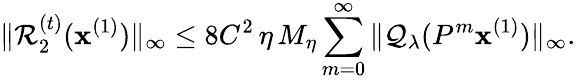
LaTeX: \| \mathcal{R}_{2}^{(t)}(\mathbf{x}^{(1)})\| _{\infty}\leq 8C^{2}\, {\eta}\, M_{\eta}\sum_{m=0}^{\infty}\| \mathcal{Q}_{\lambda}(P^{m}\mathbf{x}^{(1)})\| _{\infty}.